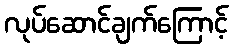
လုပ်ဆောင်ချက်ကြောင့်